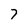
Character: 7